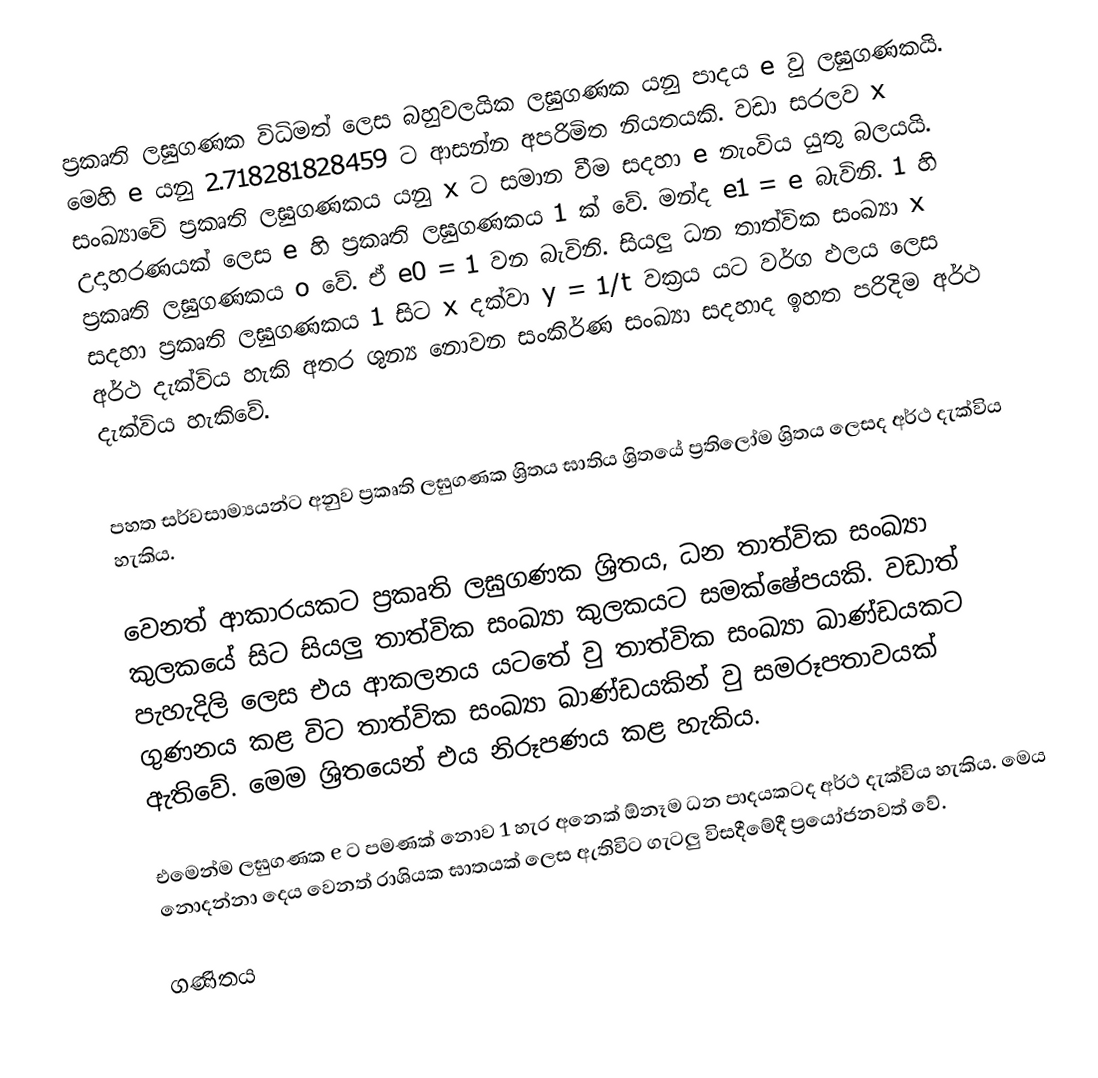
ප්‍රකෘති ලඝුගණක විධිමත් ලෙස බහුවලයික ලඝුගණක යනු පාදය e වු ලඝුගණකයි. මෙහි e යනු 2.718281828459 ට ආසන්න අපරිමිත නියතයකි. වඩා සරලව x සංඛ්‍යාවේ ප්‍රකෘති ලඝුගණකය යනු x ට සමාන වීම සදහා e නැංවිය යුතු බලයයි. උදාහරණයක් ලෙස e හි ප්‍රකෘති ලඝුගණකය 1 ක් වේ. මන්ද e1 = e බැවිනි. 1 හි ප්‍රකෘති ලඝුගණකය o වේ. ඒ e0 = 1 වන බැවිනි. සියලු ධන තාත්වික සංඛ්‍යා x සදහා ප්‍රකෘති ලඝුගණකය 1 සිට x දක්වා y = 1/t වක්‍රය යට වර්ග ඵලය ලෙස අර්ථ දැක්විය හැකි අතර ශුන්‍ය නොවන සංකිර්ණ සංඛ්‍යා සදහාද ඉහත පරිදිම අර්ථ දැක්විය හැකිවේ.

පහත සර්වසාම්‍යයන්ට අනුව ප්‍රකෘති ලඝුගණක ශ්‍රිතය ඝාතිය ශ්‍රිතයේ ප්‍රතිලෝම ශ්‍රිතය ලෙසද අර්ථ දැක්විය හැකිය.

වෙනත් ආකාරයකට ප්‍රකෘති ලඝුගණක ශ්‍රිතය, ධන තාත්වික සංඛ්‍යා කුලක‍යේ  සිට සියලු තාත්වික සංඛ්‍යා කුලකයට සමක්ෂේපයකි. වඩාත් පැහැදිලි ලෙස එය ආකලනය යටතේ වු තාත්වික සංඛ්‍යා ඛාණ්ඩයකට ගුණනය කළ විට තාත්වික සංඛ්‍යා ඛාණ්ඩයකින් වු සමරූපතාවයක් ඇතිවේ. මෙම ශ්‍රිතයෙන් එය නිරූපණය කළ හැකිය.

එමෙන්ම ලඝුගණක ‍e ට පමණක් නොව 1 හැර අනෙක් ඕනෑම ධන පාදයකටද අර්ථ දැක්විය හැකිය. මෙය නොදන්නා දෙය වෙනත් රාශියක ඝාතයක් ලෙස ඇතිවිට ගැටලු විසදීමේදී ප්‍රයෝජනවත් වේ.

ගණිතය